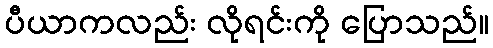
ပီယာကလည်း လိုရင်းကို ပြောသည်။